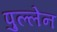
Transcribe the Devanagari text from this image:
पुल्लेन